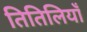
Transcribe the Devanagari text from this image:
तितिलियाँ